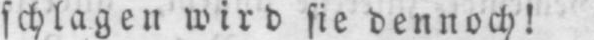
schlagen wird sie dennoch!